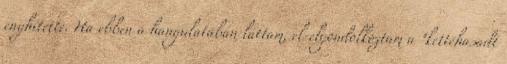
enyhítette. Ha ebben a hangulatában láttam, el-elgondolkoztam a "kettéhasadt